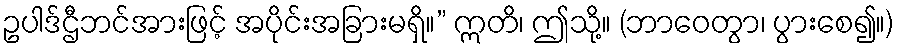
ဥပါဒ်ဌီဘင်အားဖြင့် အပိုင်းအခြားမရှိ။” ဣတိ၊ ဤသို့။ (ဘာဝေတွာ၊ ပွားစေ၍။)